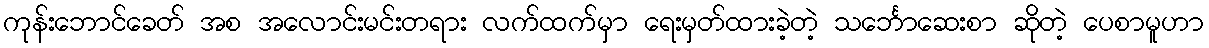
ကုန်းဘောင်ခေတ် အစ အလောင်းမင်းတရား လက်ထက်မှာ ရေးမှတ်ထားခဲ့တဲ့ သင်္ဘောဆေးစာ ဆိုတဲ့ ပေစာမူဟာ